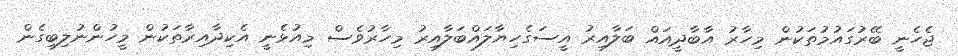
ޖެހެނީ ބޭރުގައުމުތަކުން މިހާރު އާބާދީއައް ބަލާއިރު އީސަގެހިޔާލައްބަލާއިރު މިހާރުވެސް މިއުޅެނީ އެކިދާއިރާތަކުން މީހުންނުލިބިގެން